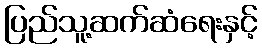
ပြည်သူ့ဆက်ဆံရေးနှင့်